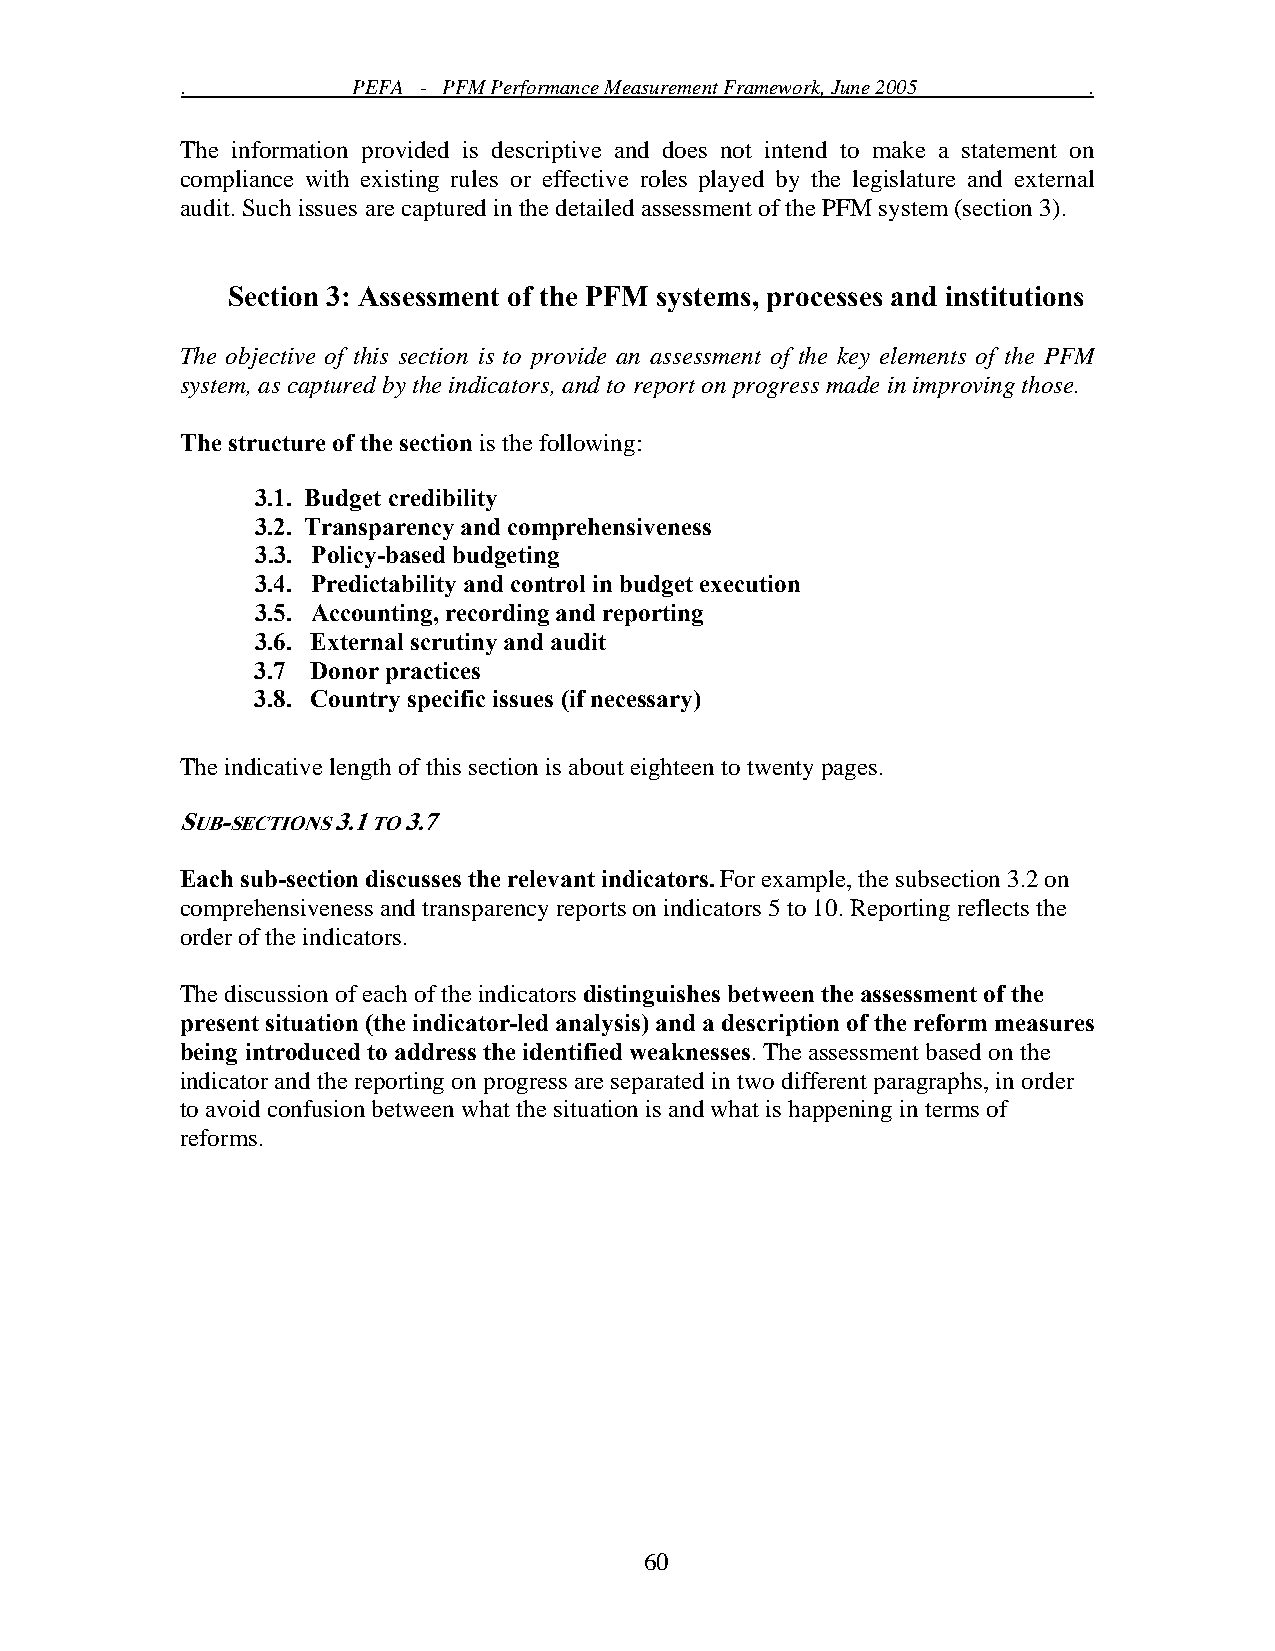
.          PEFA - PFM Performance Measurement Framework, June 2005 .
 The information provided is descriptive and does not intend to make a statement on
 compliance with existing rules or effective roles played by the legislature and external
 audit. Such issues are captured in the detailed assessment of the PFM system (section 3).
 Section 3: Assessment of the PFM systems, processes and institutions
 The objective of this section is to provide an assessment of the key elements of the PFM
 system, as captured by the indicators, and to report on progress made in improving those.
 The structure of the section is the following:
 3.1. Budget credibility
 3.2. Transparency and comprehensiveness
 3.3. Policy-based budgeting
 3.4. Predictability and control in budget execution
 3.5. Accounting, recording and reporting
 3.6. External scrutiny and audit
 3.7 Donor practices
 3.8. Country specific issues (if necessary)
 The indicative length of this section is about eighteen to twenty pages.
 SUB-SECTIONS 3.1 TO 3.7
 Each sub-section discusses the relevant indicators. For example, the subsection 3.2 on
 comprehensiveness and transparency reports on indicators 5 to 10. Reporting reflects the
 order of the indicators.
 The discussion of each of the indicators distinguishes between the assessment of the
 present situation (the indicator-led analysis) and a description of the reform measures
 being introduced to address the identified weaknesses. The assessment based on the
 indicator and the reporting on progress are separated in two different paragraphs, in order
 to avoid confusion between what the situation is and what is happening in terms of
 reforms.
 60